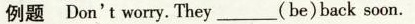
例题 Don't worry. They ___(be)back soon.